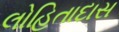
લોહિતાદાસ